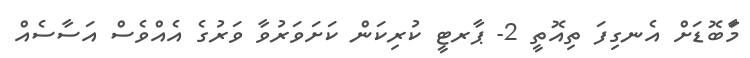
މަާބޮޑަށް އެނގިފަ ތިއޮތީ 2- ޕާރޓީ ކުރިކަން ކަށަވަރުވާ ވަރުގެ އެއްވެސް އަސާސެއް